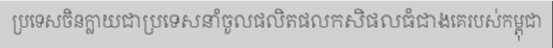
ប្រទេសចិនក្លាយជាប្រទេសនាំចូលផលិតផលកសិផលធំជាងគេរបស់កម្ពុជា